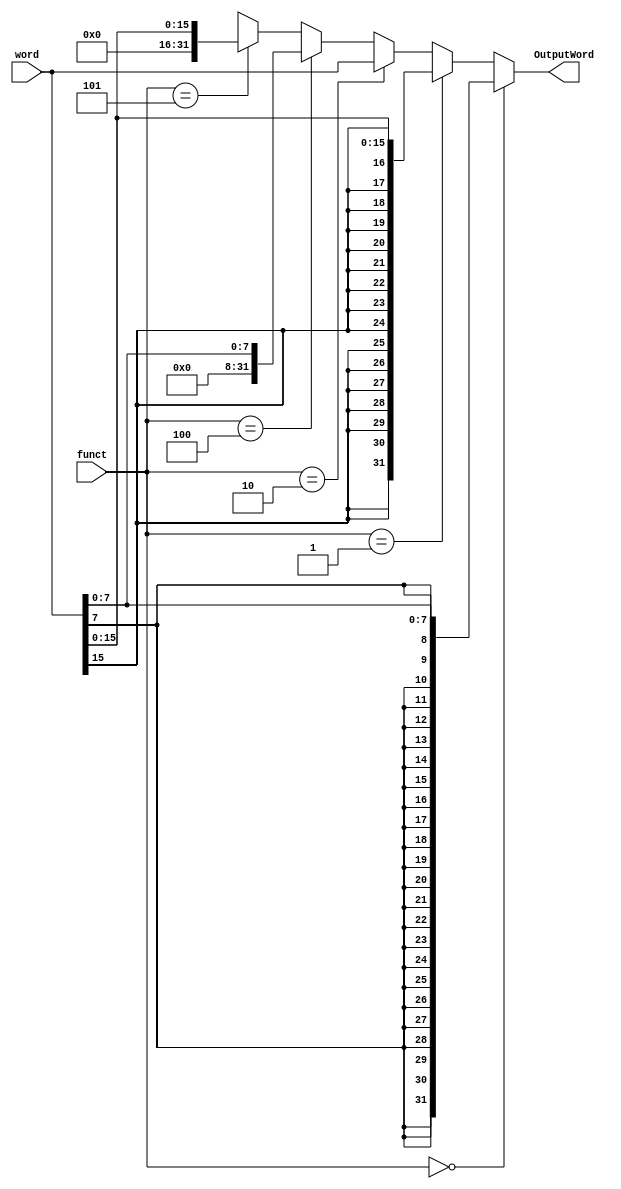
`timescale 1ns / 1ps
//////////////////////////////////////////////////////////////////////////////////
// Company: 
// Engineer: 
// 
// Design Name: 
// Module Name: WidthControl
// Project Name: 
// Target Devices: 
// Tool Versions: 
// Description: 
// 
// Dependencies: 
// 
// Revision:
// Revision 0.01 - File Created
// Additional Comments:
// 
//////////////////////////////////////////////////////////////////////////////////


module WidthControl(
    input [2:0] funct,
    input [31:0] word,
    output [31:0] OutputWord
    );
    
    /* signed operand 1 */
    wire signed [31:0] singed_word;
    
    wire signed [31:0] singed_byte;
    wire signed [31:0] singed_halfword;
    
    assign singed_word = word;
    
    assign singed_byte = (singed_word << 24) >>> 24;
    assign singed_halfword = (singed_word << 16) >>> 16;
    
    assign OutputWord = (funct == 3'b000) ? singed_byte : 
                        (funct == 3'b001) ? singed_halfword :
                        (funct == 3'b010) ? word : 
                        (funct == 3'b100) ? {24'b0, word[7:0]} :
                        (funct == 3'b101) ? {16'b0, word[15:0]} :32'hxxxx_xxxx;    
endmodule